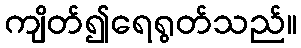
ကျိတ်၍ရေရွတ်သည်။